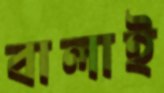
বালাই